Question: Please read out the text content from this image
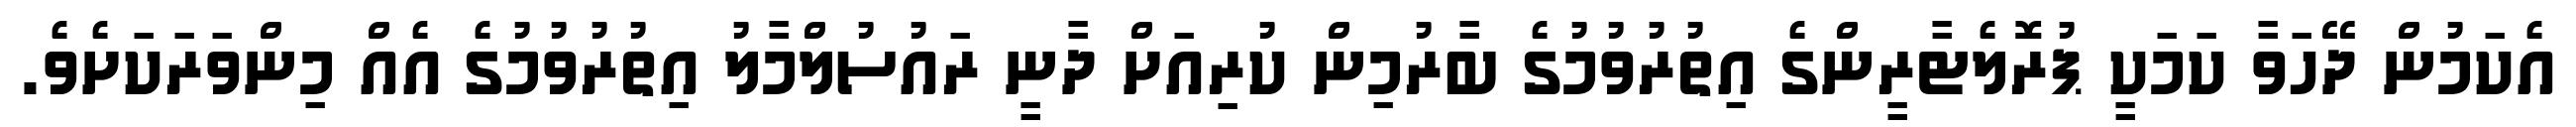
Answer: އެކަމުން ދޭހަވާ ކަމަކީ ޕުރޮލެޓާރީންގެ އިތުރުވުމުގެ ބާރުމިން ކުރިއަށް ދާނީ ރައުސުލްމާލު އިތުރުވުމުގެ އެއް މިންވަރަކަށެވެ.